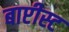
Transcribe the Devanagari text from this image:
बाप्टीस्ट